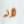
لانه